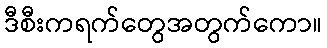
ဒီစီးကရက်တွေအတွက်ကော။